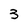
Character: 3